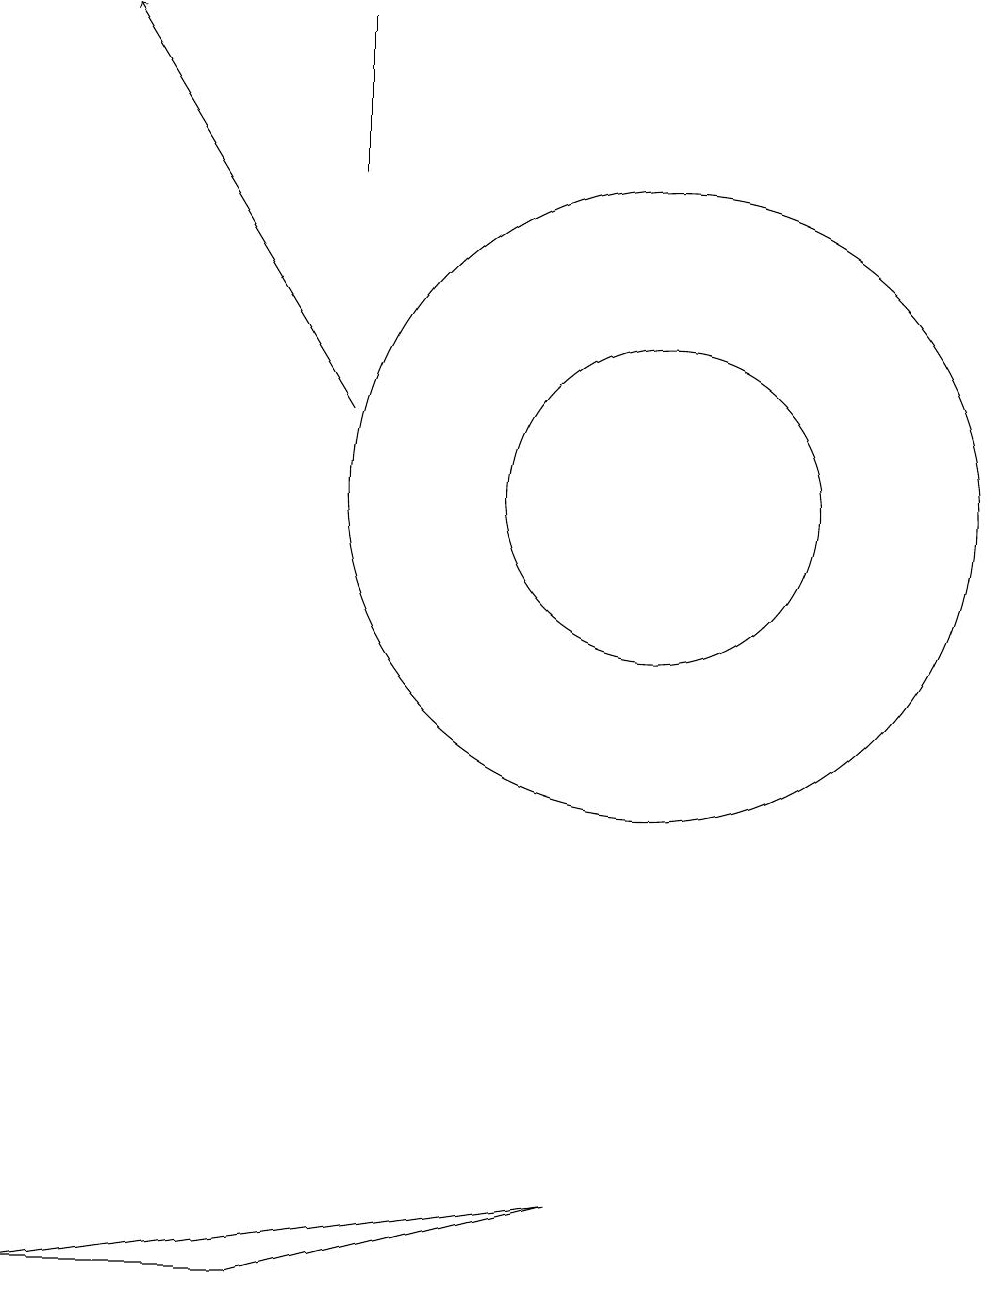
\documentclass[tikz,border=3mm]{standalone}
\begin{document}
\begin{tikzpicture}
\draw[->] (6,12) -- (3,17);
\draw (6,17) rectangle (6,15);
\draw (10,11) circle (4);
\draw (9,2) -- (2,1) -- (5,1) -- cycle;
\draw (10,11) circle (2);
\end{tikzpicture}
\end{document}